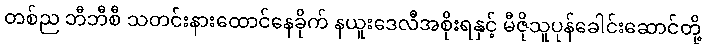
တစ်ည ဘီဘီစီ သတင်းနားထောင်နေခိုက် နယူးဒေလီအစိုးရနှင့် မီဇိုသူပုန်ခေါင်းဆောင်တို့